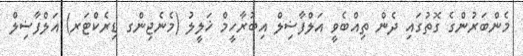
މެންބަރުންގެ ގޮތުގައި ދެން ތިއްބެވީ އަލްފާޟިލް އިބުރާހީމް ޚަލީލު (މެނެޖިންގ ޑިރެކްޓަރ) އަލްފާޟިލް